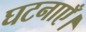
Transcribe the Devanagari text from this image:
घटनाएँ।